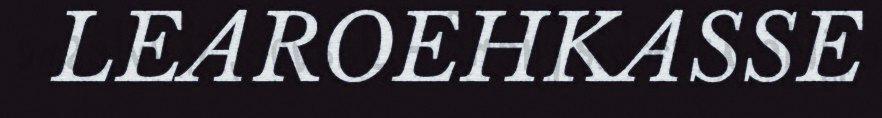
LEAROEHKASSE